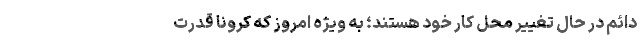
دائم در حال تغییر محل کار خود هستند؛ به ویژه امروز که کرونا قدرت